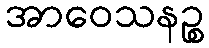
အာဝေသနဉ္စ